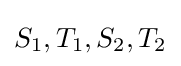
S_{1},T_{1},S_{2},T_{2}